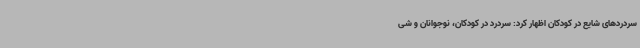
سردردهای شایع در کودکان اظهار کرد: سردرد در کودکان، نوجوانان و شی